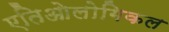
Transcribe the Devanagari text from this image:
एतिओलोगिकल